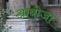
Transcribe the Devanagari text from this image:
आबोजा